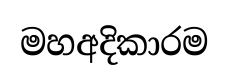
මහඅදිකාරම